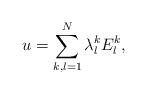
LaTeX: \begin{align*}u=\sum_{k,l=1}^{N} \lambda_{l}^{k} E_{l}^{k},\end{align*}